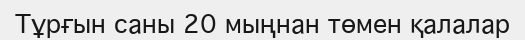
Тұрғын саны 20 мыңнан төмен қалалар